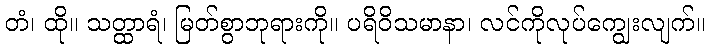
တံ၊ ထို။ သတ္ထာရံ၊ မြတ်စွာဘုရားကို။ ပရိဝိသမာနာ၊ လင်ကိုလုပ်ကျွေးလျက်။